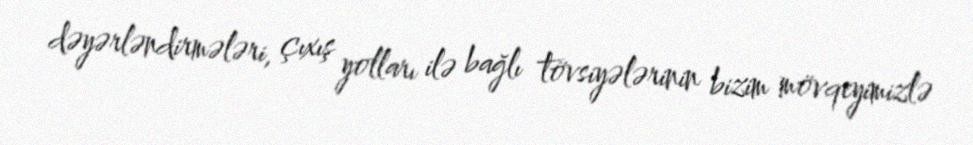
dəyərləndirmələri, çıxış yolları ilə bağlı tövsiyələrinin bizim mövqeyimizlə